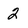
Character: 2